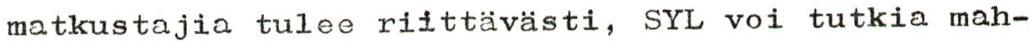
matkustajia tulee riittävästi, SYL voi tutkia mah-